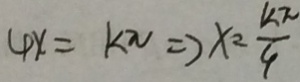
4 x = k \pi \Rightarrow x = \frac { k \pi } { 4 }